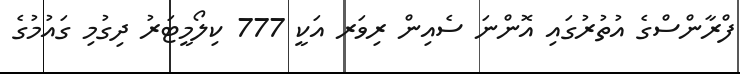
ފްރާންސްގެ އުތުރުގައި އޮންނަ ސެއިން ރިވަރ އަކީ 777 ކިލޯމީޓަރު ދިގުމި ގައުމުގެ